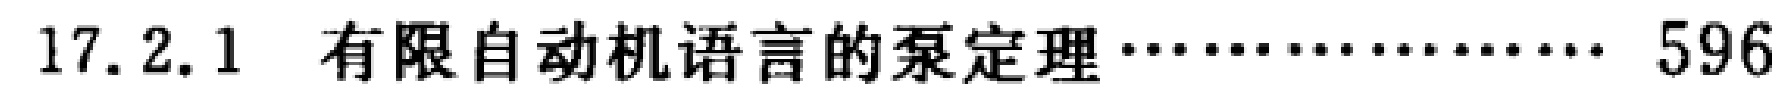
17.2.1 有限自动机语言的泵定理 \dotfill 596